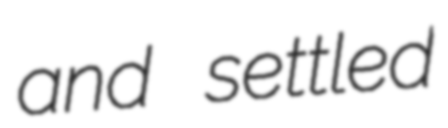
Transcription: and settled